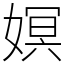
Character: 嫇